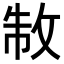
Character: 𭣮